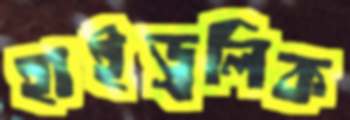
হাইড্রলিক